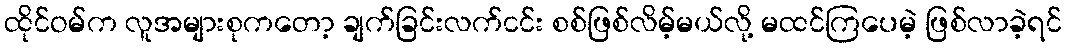
ထိုင်ဝမ်က လူအများစုကတော့ ချက်ခြင်းလက်ငင်း စစ်ဖြစ်လိမ့်မယ်လို့ မထင်ကြပေမဲ့ ဖြစ်လာခဲ့ရင်